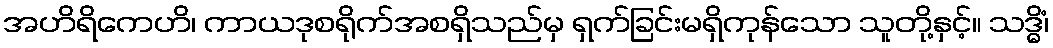
အဟိရိကေဟိ၊ ကာယဒုစရိုက်အစရှိသည်မှ ရှက်ခြင်းမရှိကုန်သော သူတို့နှင့်။ သဒ္ဓိံ၊